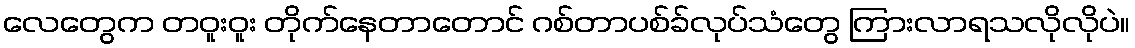
လေတွေက တဝူးဝူး တိုက်နေတာတောင် ဂစ်တာပစ်ခ်လုပ်သံတွေ ကြားလာရသလိုလိုပဲ။